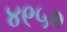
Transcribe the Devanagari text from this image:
४९५०